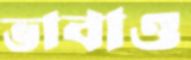
ভাবাও